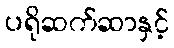
ပရိုဆက်ဆာနှင့်